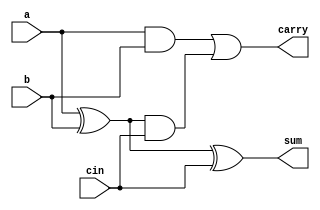
module fulladder (sum,carry,a,b,cin);
output sum ,carry;
input a,b,cin;
wire x,y,z;
xor u1(x,a,b);
and u2(y,a,b);
and u3(z,x,cin);
or u4(carry,y,z);
xor u5(sum,x,cin);  
endmodule